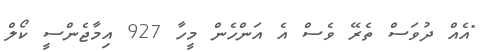
"އެއް ދުވަސް ތެރޭ ވެސް އެ އަންހެން މީހާ 927 އިމާޖެންސީ ކޯލް